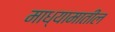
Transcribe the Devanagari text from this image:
माध्यामातील